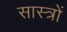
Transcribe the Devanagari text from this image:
सास्त्रों